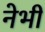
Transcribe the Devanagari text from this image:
नेभी